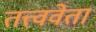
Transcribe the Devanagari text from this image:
तत्त्ववेता